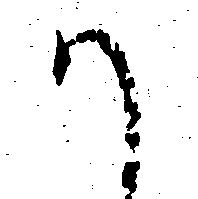
か